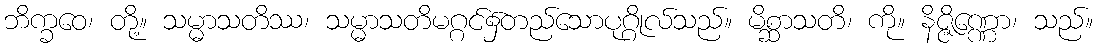
ဘိက္ခဝေ၊ တို့။ သမ္မာသတိဿ၊ သမ္မာသတိမဂ္ဂင်၌တည်သောပုဂ္ဂိုလ်သည်။ မိစ္ဆာသတိ၊ ကို။ နိဇ္ဇိဏ္ဏော၊ သည်။